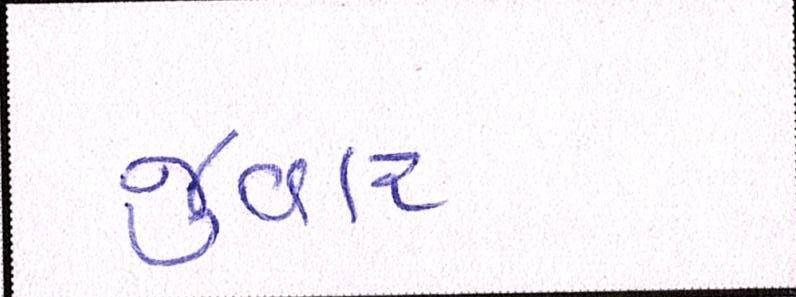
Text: જુવાર